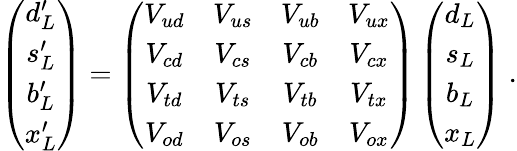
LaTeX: \left(\begin{array}{c}{{d_{L}^{\prime}}}\\ {{s_{L}^{\prime}}}\\ {{b_{L}^{\prime}}}\\ {{x_{L}^{\prime}}}\end{array}\right)=\left(\begin{array}{cccc}{{V_{ud}}}&{{V_{us}}}&{{V_{ub}}}&{{V_{ux}}}\\ {{V_{cd}}}&{{V_{cs}}}&{{V_{cb}}}&{{V_{cx}}}\\ {{V_{td}}}&{{V_{ts}}}&{{V_{tb}}}&{{V_{tx}}}\\ {{V_{od}}}&{{V_{os}}}&{{V_{ob}}}&{{V_{ox}}}\end{array}\right)\left(\begin{array}{c}{{d_{L}}}\\ {{s_{L}}}\\ {{b_{L}}}\\ {{x_{L}}}\end{array}\right)\; .